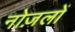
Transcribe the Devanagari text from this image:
नोज़लों